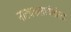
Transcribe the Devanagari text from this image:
नाट्यकलावंतांला